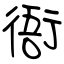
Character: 衙